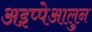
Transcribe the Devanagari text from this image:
अइप्पेआलुन